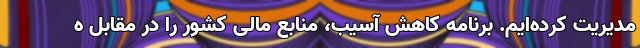
مدیریت کرده‌‌ایم. برنامه کاهش آسیب، منابع مالی کشور را در مقابل ه